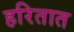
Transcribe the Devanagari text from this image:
हरितात